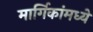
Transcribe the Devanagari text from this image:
मार्गिकांमध्ये